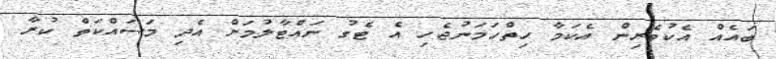
ބައެއް އެކުވެރިން އެކަމާ ހިތްހަމަނުޖެހި އެ ޓެގު ނައްޓާލުމަށް އެދި މަސައްކަތް ކުރާ